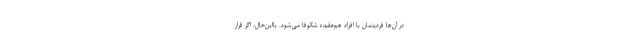
در آن‌ها فردیتمان با افراد هم‌عقیده شکوفا می‌شود. بااین‌حال، اگر قرار